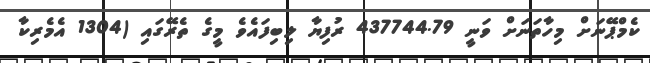
ކެމްޕޭނަށް މިހާތަނަށް ވަނީ 437744.79 ރުފިޔާ ލިބިފައެވެ މީގެ ތެރޭގައި (1304 އެމެރިކާ